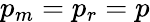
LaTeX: p_{m}=p_{r}=p